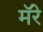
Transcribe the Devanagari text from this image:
मॅरे